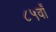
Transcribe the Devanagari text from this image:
८५वाँ